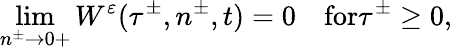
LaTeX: \operatorname*{lim}_{n^{\pm}\to 0+}W^{\varepsilon}(\tau^{\pm},n^{\pm},t)=0\quad\textrm{for}\tau^{\pm}\geq 0,